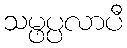
သမ္ဖပ္ပလာပီ